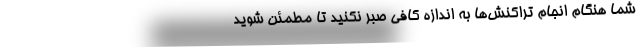
شما هنگام انجام تراکنش‌ها به اندازه کافی صبر نکنید تا مطمئن شوید